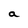
Character: a